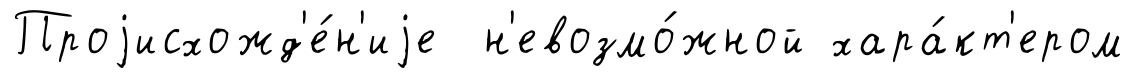
Проjисхожд'е́н'иjе н'евозмо́жной хара́кт'ером